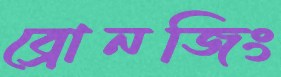
ব্রোনজিং